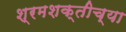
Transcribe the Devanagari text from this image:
श्रमशक्तीच्या